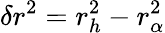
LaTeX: \delta r^{2}=r_{h}^{2}-r_{\alpha}^{2}